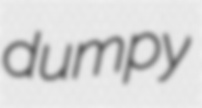
dumpy